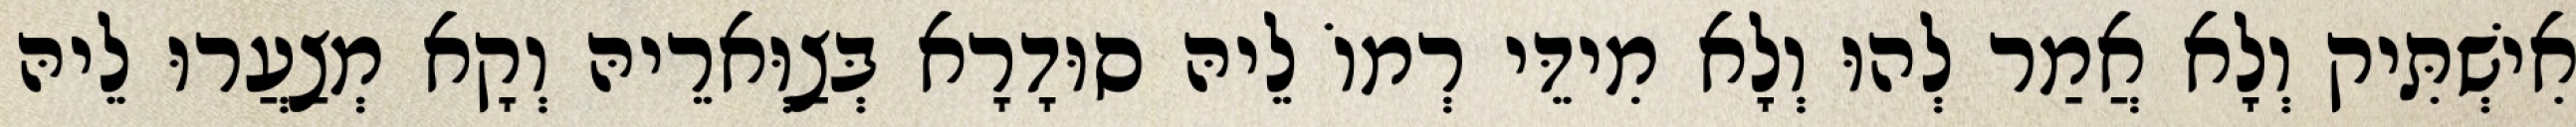
אִישְׁתִּיק וְלָא אֲמַר לְהוּ וְלָא מִידֵּי רְמוֹ לֵיהּ סוּדָרָא בְּצַוְּארֵיהּ וְקָא מְצַעֲרוּ לֵיהּ